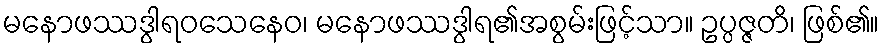
မနောဖဿဒွါရဝသေနေဝ၊ မနောဖဿဒွါရ၏အစွမ်းဖြင့်သာ။ ဥပ္ပဇ္ဇတိ၊ ဖြစ်၏။